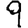
Digit: 9